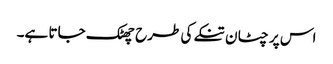
اس پر چٹان تنکے کی طرح چھٹک جاتا ہے۔